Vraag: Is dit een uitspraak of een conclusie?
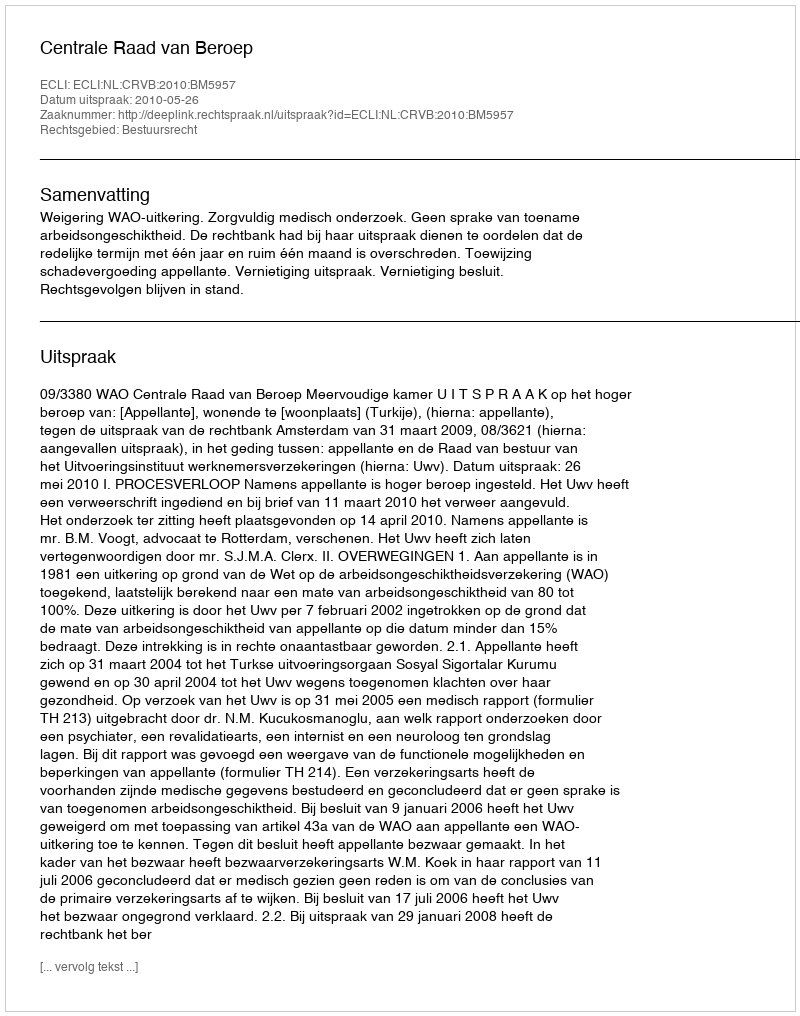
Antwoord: Uitspraak